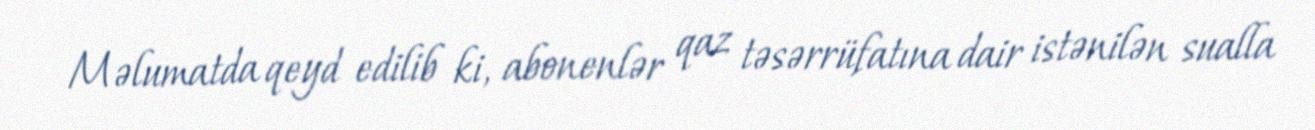
Məlumatda qeyd edilib ki, abonenlər qaz təsərrüfatına dair istənilən sualla